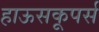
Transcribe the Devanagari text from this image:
हाऊसकूपर्स